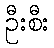
ဦးစီး